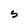
Character: S